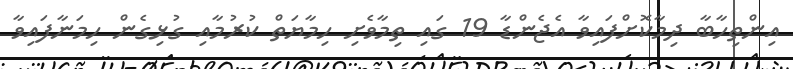
އިންތިހާބާ ދިމާކޮށްފައިވާ އެޖެންޑާ 19 ގައި ތިމާވެށި ހިމާޔަތް ކުރުމާއި ގުޅިގެން ހިމަނާފައިވާ